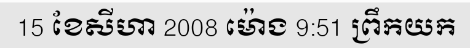
15 ខែសីហា 2008 ម៉ោង 9:51 ព្រឹកយក